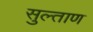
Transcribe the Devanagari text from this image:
सुल्ताण